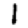
Digit: 1